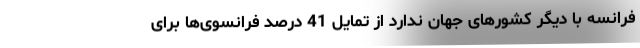
فرانسه با دیگر کشورهای جهان ندارد از تمایل 41 درصد فرانسوی‌ها برای